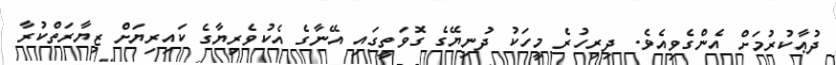
ދުޢާކުރުމަށް އެންގެވިއެވެ. ދިރިހުރެ މީހަކު ދުނިޔޭގެ ގޮވަތީގައި އޭނާގެ އެކުވެރިޔާގެ ކައިރިޔަށް ޒިޔާރަތްކުރާ